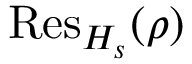
{ \mathrm { R e s } } _ { H _ { s } } ( \rho )